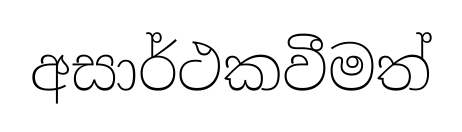
අසාර්ථකවීමත්